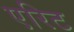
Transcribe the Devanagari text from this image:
एरिट